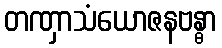
တဏှာသံယောဇနဗန္ဓာ